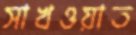
সাখওয়াত